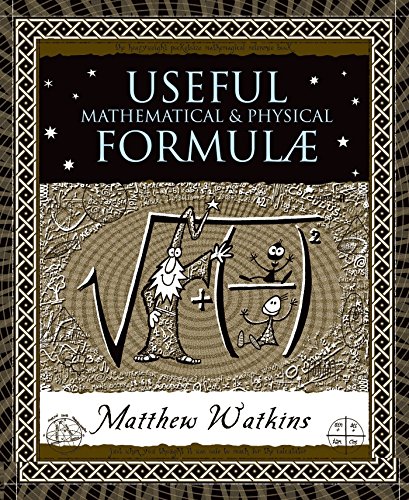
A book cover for Useful Mathematical and Physical Formulae; Matthew Watkins; Science & Math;